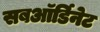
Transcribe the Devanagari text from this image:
सबऑर्डिनेट